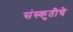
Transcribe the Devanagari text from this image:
संस्कुतीचे